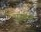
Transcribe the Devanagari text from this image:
पुस्कत